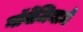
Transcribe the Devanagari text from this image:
नॉर्वेजियामे